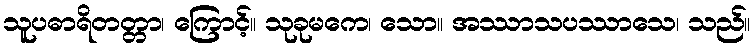
သူပဓာရိတတ္တာ၊ ကြောင့်။ သုခုမကေ၊ သော။ အဿာသပဿာသေ၊ သည်။